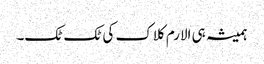
ہمیشہ ہی الارم کلاک کی ٹک ٹک۔